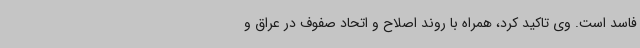
فاسد است. وی تاکید کرد، همراه با روند اصلاح و اتحاد صفوف در عراق و